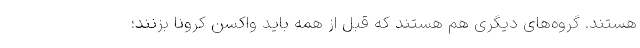
هستند. گروه‌های دیگری هم هستند که قبل از همه باید واکسن کرونا بزنند؛